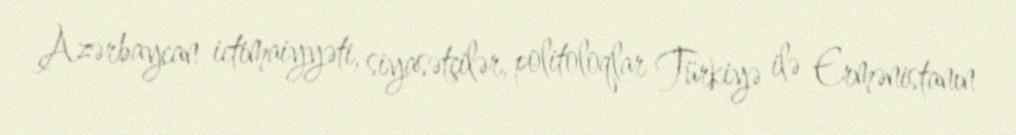
Azərbaycan ictimaiyyəti, siyasətçilər, politoloqlar Türkiyə ilə Ermənistanın